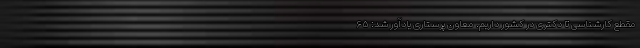
مقطع کارشناسی تا دکتری در کشور داریم. معاون پرستاری یادآور شد: ۶۵